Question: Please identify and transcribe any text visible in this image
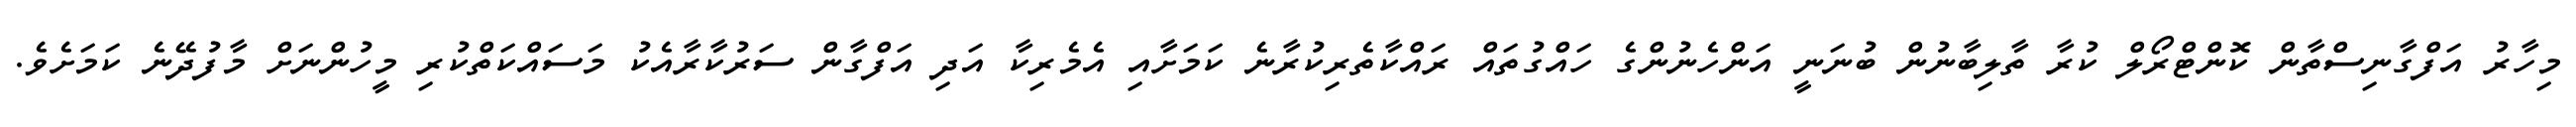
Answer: މިހާރު އަފްގާނިސްތާން ކޮންޓްރޯލް ކުރާ ތާލިބާނުން ބުނަނީ އަންހެނުންގެ ހައްގުތައް ރައްކާތެރިކުރާނެ ކަމަށާއި އެމެރިކާ އަދި އަފްގާން ސަރުކާރާއެކު މަސައްކަތްކުރި މީހުންނަށް މާފުދޭނެ ކަމަށެވެ.